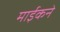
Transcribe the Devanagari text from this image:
माईकने